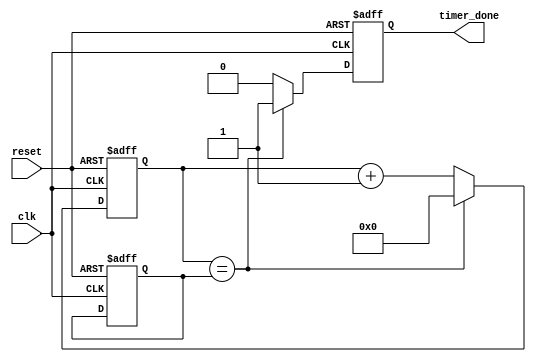
module IntervalTimer (
    input wire clk,
    input wire reset,
    output reg timer_done
);

// Counter configuration
parameter COUNTER_SIZE = 32; // Size of the counter
parameter CLOCK_FREQUENCY = 50_000_000; // Clock frequency in Hz
parameter INTERVAL_VALUE = 1_000_000; // Interval value in clock cycles

reg [COUNTER_SIZE-1:0] counter;
reg [COUNTER_SIZE-1:0] interval_value;
reg [COUNTER_SIZE-1:0] comparator_output;

always @(posedge clk or posedge reset) begin
    if (reset) begin
        counter <= 0;
        interval_value <= INTERVAL_VALUE;
        comparator_output <= 0;
        timer_done <= 0;
    end else begin
        counter <= counter + 1;
        if (counter == interval_value) begin
            comparator_output <= 1;
            counter <= 0;
            timer_done <= 1;
        end else begin
            comparator_output <= 0;
            timer_done <= 0;
        end
    end
end

endmodule